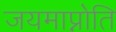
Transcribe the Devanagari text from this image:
जयमाप्नोति